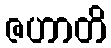
ဇဟာတိ